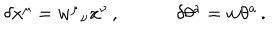
\begin{array} { c c } { { \delta x ^ { \mu } = w ^ { \mu } { } _ { \nu } x ^ { \nu } \, , ~ } } & { { ~ \delta \theta ^ { a } = w \theta ^ { a } \, . } } \\ \end{array}